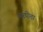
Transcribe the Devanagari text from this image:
परपोता